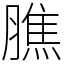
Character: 膲